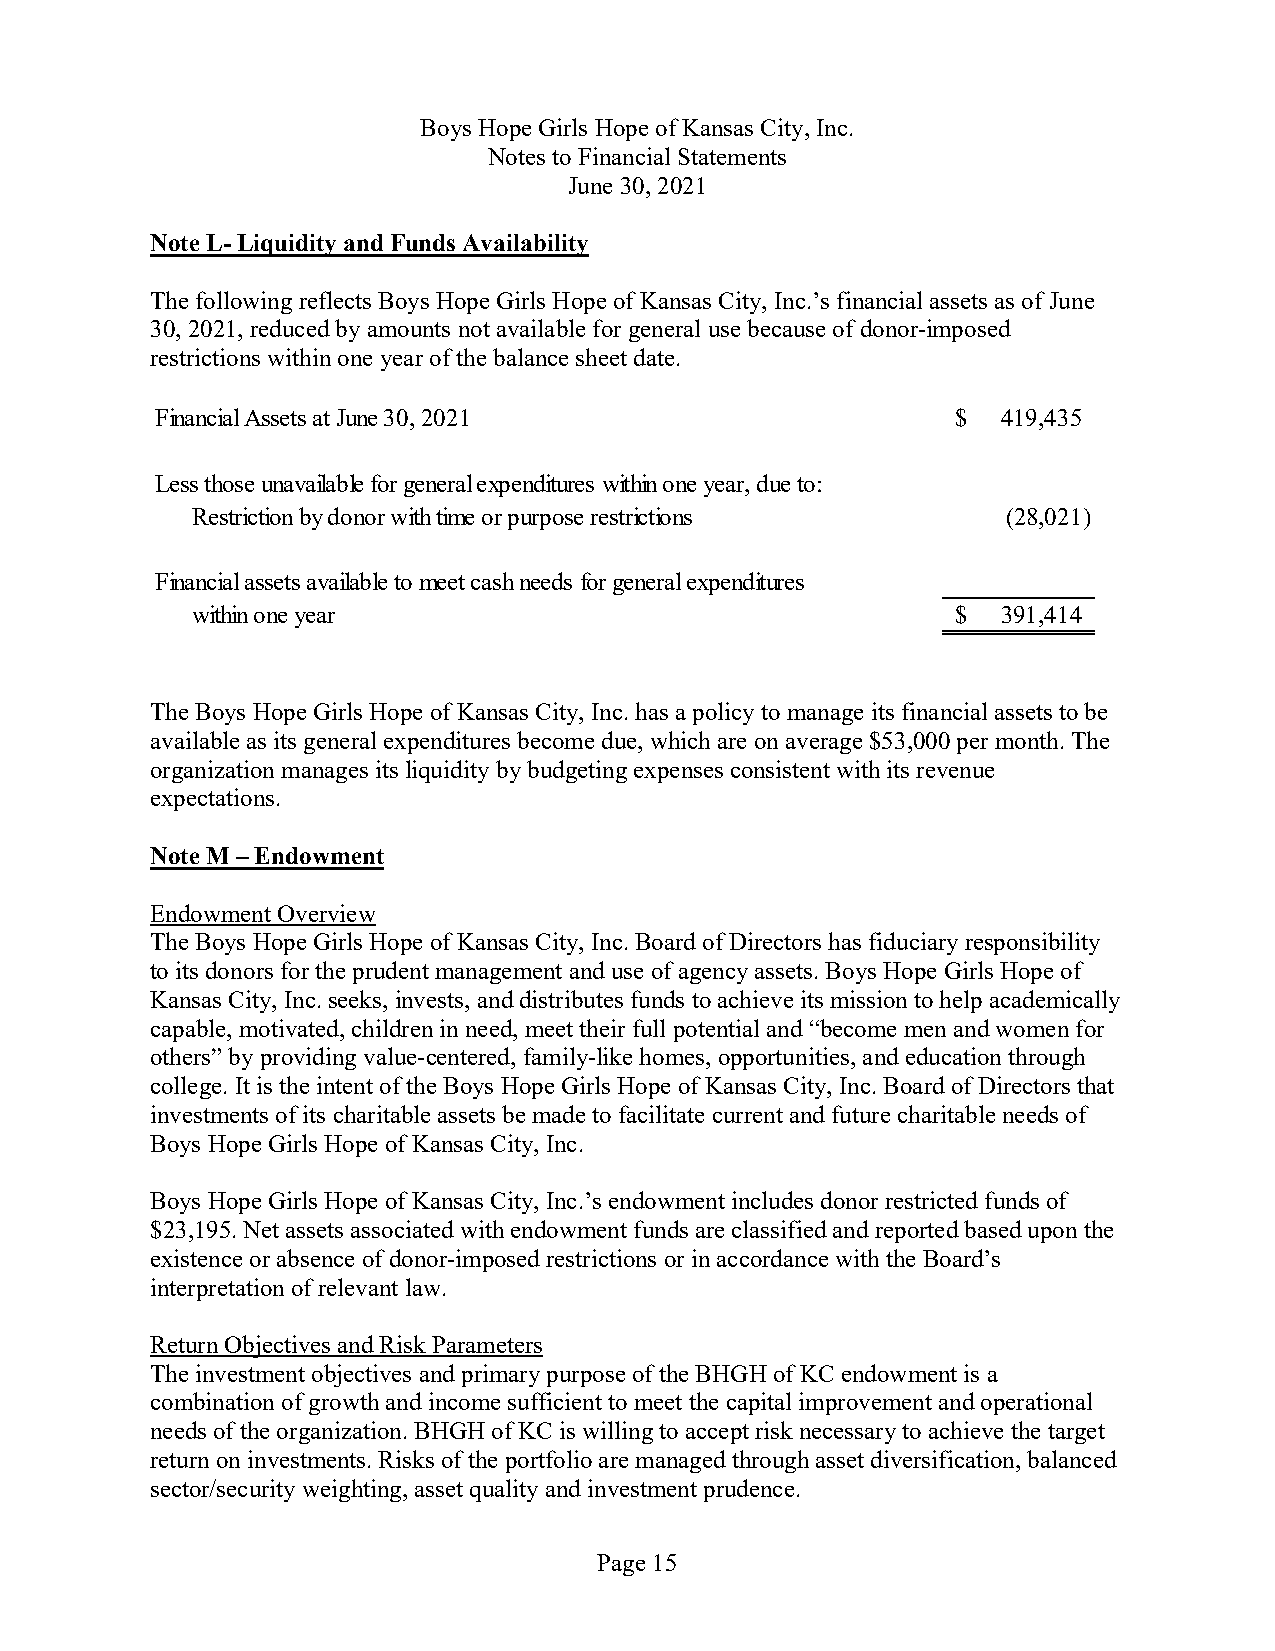
Boys Hope Girls Hope of Kansas City, Inc.
 Notes to Financial Statements
 June 30, 2021
 Note L-Liquidity and Funds Availability
 The following reflects Boys Hope Girls Hope of Kansas City, Inc.’s financial assets as of June
 30, 2021, reduced by amounts not available for general use because of donor-imposed
 restrictions within one year of the balance sheet date.
 Financial Assets at June 30, 2021                    $  419,435
 Less those unavailable for general expenditures within one year, due to:
 Restriction by donor with time or purpose restrictions (28,021)
 Financial assets available to meet cash needs for general expenditures
 within one year                                   $  391,414
 The Boys Hope Girls Hope of Kansas City, Inc. has a policy to manage its financial assets to be
 available as its general expenditures become due, which are on average $53,000 per month. The
 organization manages itsliquidity by budgeting expenses consistent with its revenue
 expectations.
 Note M–Endowment
 Endowment Overview
 The Boys Hope Girls Hope of Kansas City, Inc. Board of Directors has fiduciary responsibility
 to its donors for the prudent management and use of agency assets. Boys Hope Girls Hope of
 Kansas City, Inc.seeks, invests, and distributes funds to achieve its mission to help academically
 capable, motivated, children in need, meet their full potential and “become men and women for
 others” by providing value-centered, family-like homes, opportunities,and education through
 college. It is the intent of the Boys Hope Girls Hope of Kansas City, Inc. Board of Directors that
 investments of its charitable assets be made to facilitate current and future charitable needs of
 Boys Hope Girls Hope of Kansas City, Inc.
 Boys Hope Girls Hope of Kansas City, Inc.’s endowment includes donor restricted funds of
 $23,195. Net assets associated with endowment funds are classified and reported based upon the
 existence or absence of donor-imposed restrictions or in accordance with the Board’s
 interpretation of relevant law.
 Return Objectives and Risk Parameters
 The investment objectives and primary purpose of the BHGH of KC endowment is a
 combination of growth and income sufficient to meet the capital improvement and operational
 needs of the organization. BHGH of KC is willing to accept risk necessary to achieve the target
 return on investments. Risks of the portfolio are managed through asset diversification, balanced
 sector/security weighting, asset quality and investment prudence.
 Page 15